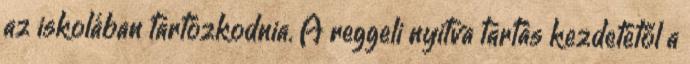
az iskolában tartózkodnia. A reggeli nyitva tartás kezdetétől a